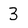
Character: 3